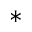
^ *